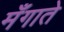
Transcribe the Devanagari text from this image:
मँगाते